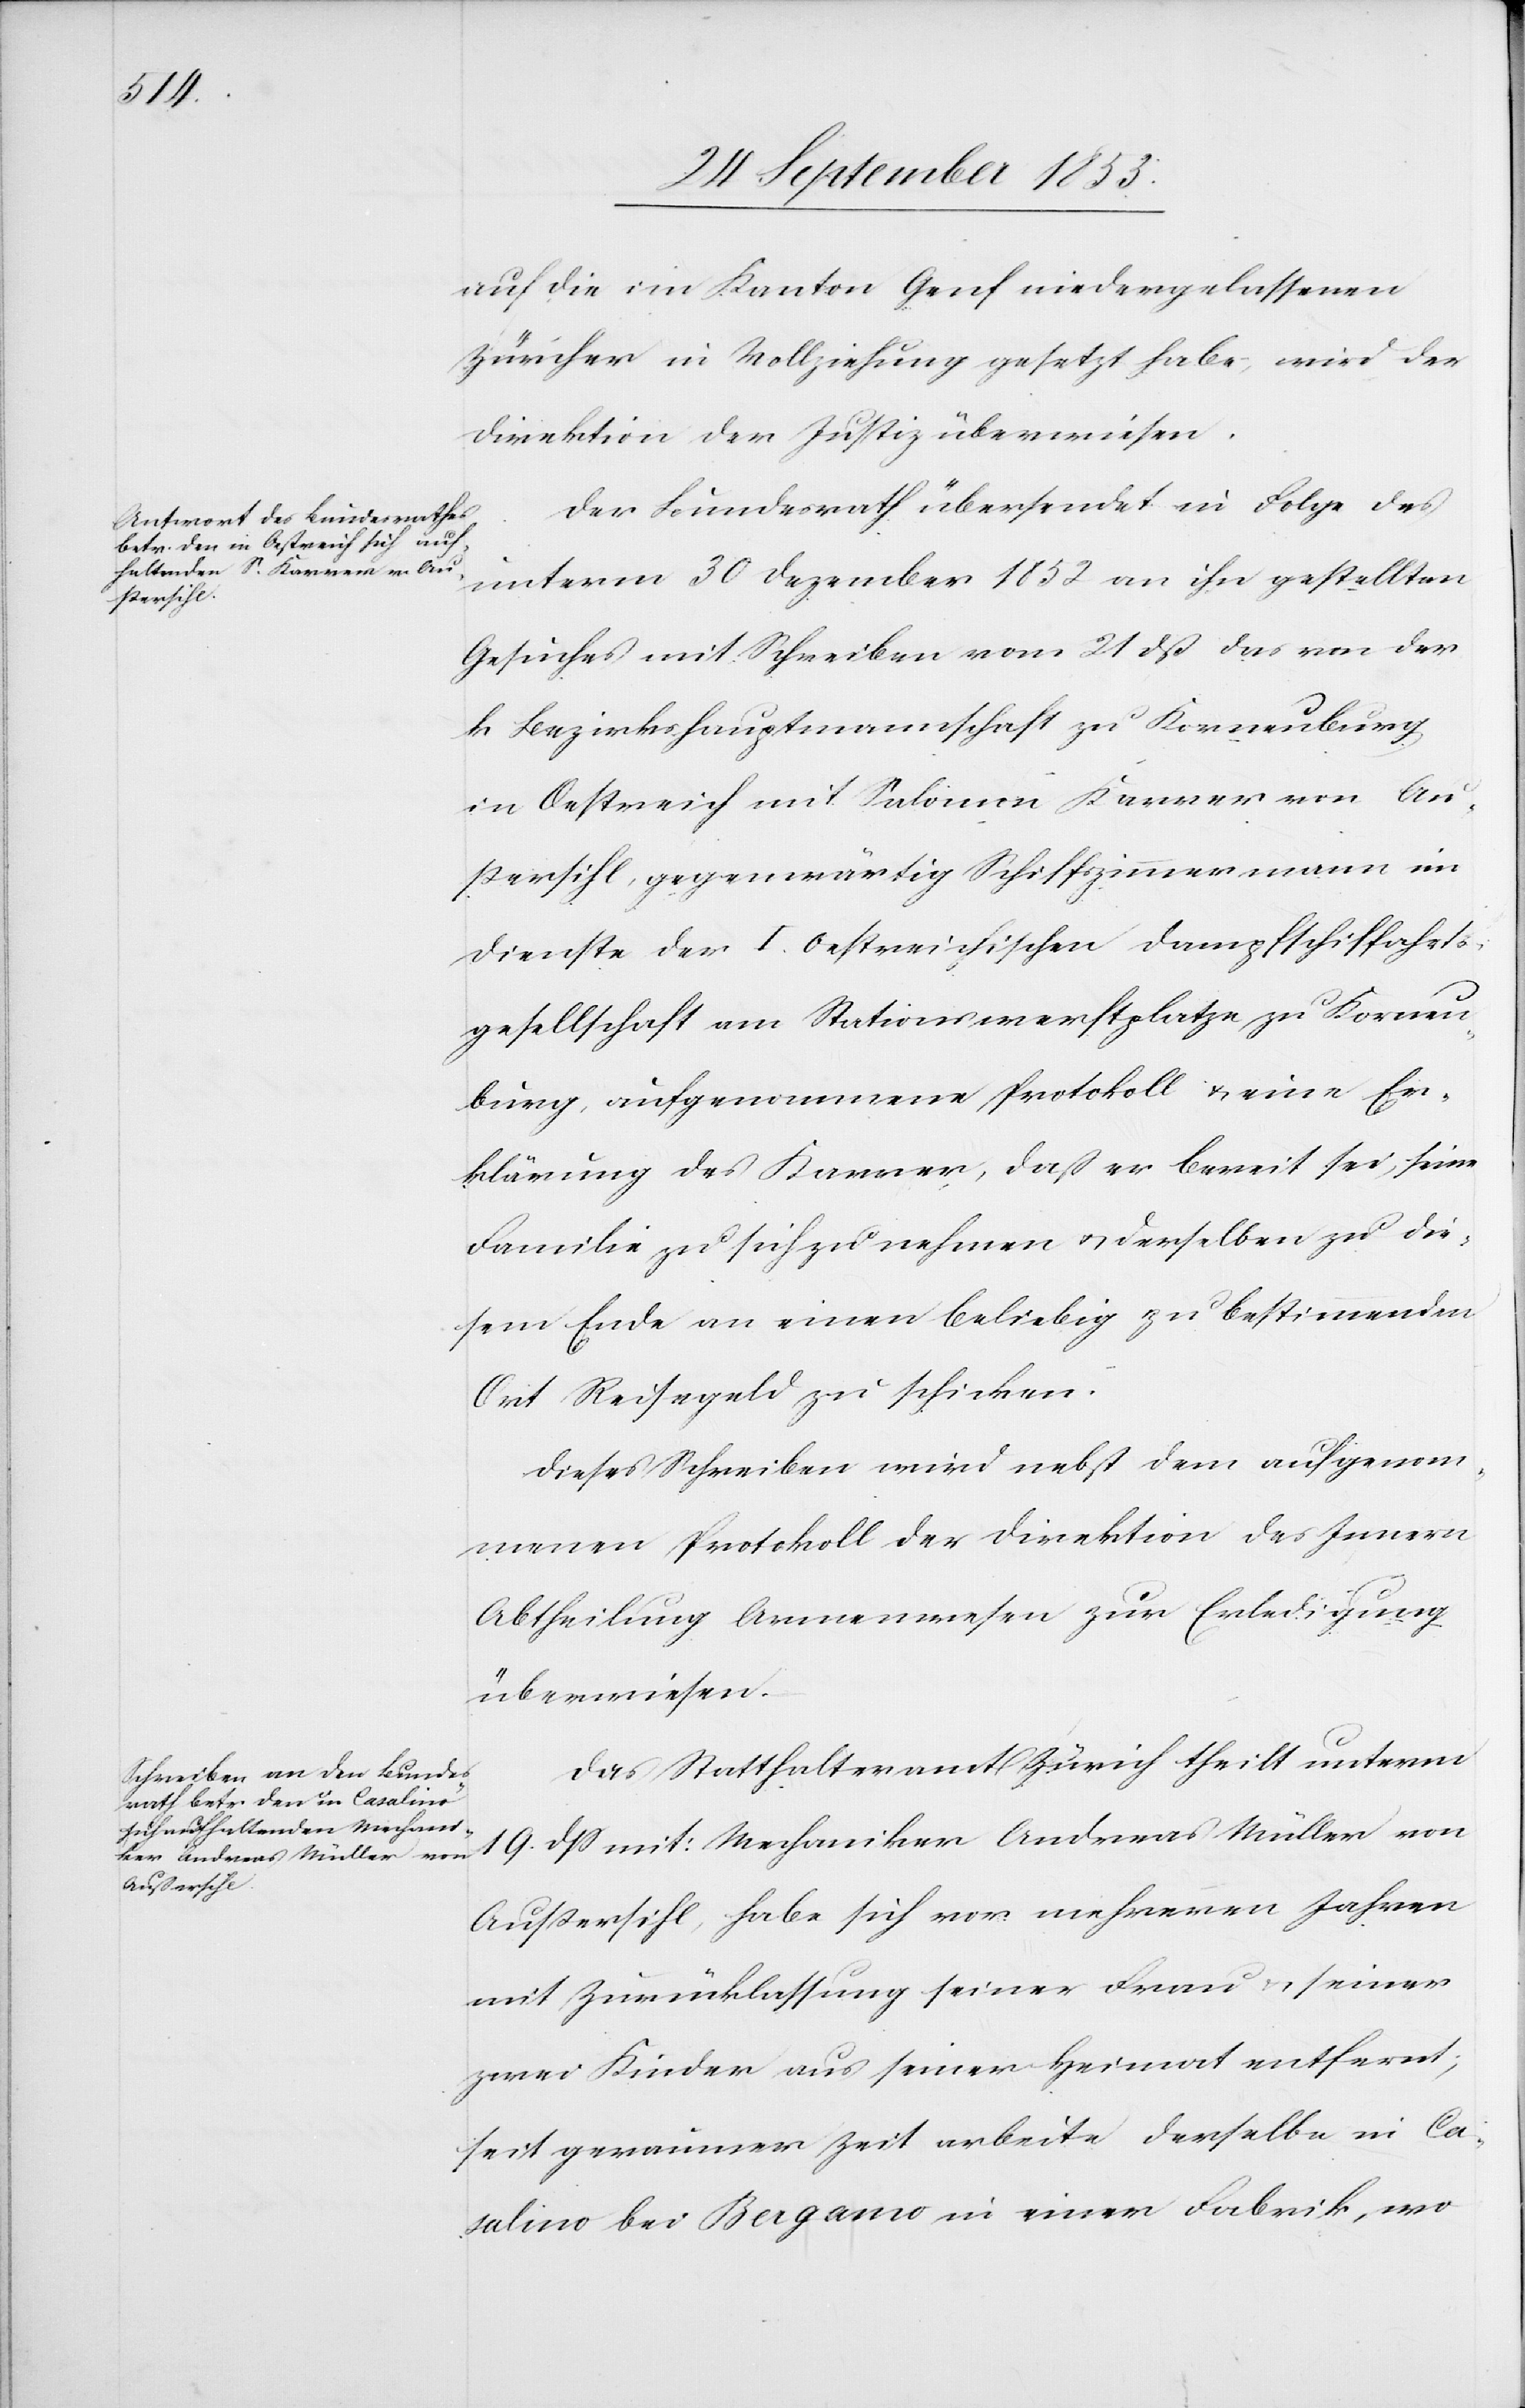
auf die im Kanton Genf niedergelassenen
Zürcher in Vollziehung gesetzt habe, wird der
Direktion der Justiz überwiesen.
Der Bundesrath übersendet in Folge des
unterm 30 Dezember 1852 an ihn gestellten
Gesuches mit Schreiben vom 21 dß das von der
k. Bezirkshauptmannschaft zu Korneuburg,
in Oestreich mit Salomon Karrer von Au¬
ßersihl, gegenwärtig Schiffszimmermann im
Dienste der I. Oestreichischen Dampfschifffahrts¬
gesellschaft am Stationsverhaftplatze zu Korneu¬
burg, aufgenommene Protokoll u. eine Er¬
klärung des Karrer, daß er bereit sei, seine
Familie zu sich zu nehmen u. derselben zu die¬
sem Ende an einen beliebig zu bestimmenden
Ort Reisegeld zu schicken.
Dieses Schreiben wird nebst dem aufgenom¬
menen Protokoll der Direktion des Innern
Abtheilung Armenwesen zur Erledigung
überwiesen.
Das Statthalteramt Zürich theilt unterm
19 dß mit: Mechaniker Andreas Müller von
Außersihl, habe sich vor mehreren Jahren
mit Zurücklassung seiner Frau u. seiner
zwei Kinder aus seiner Heimat entfernt;
seit geraumer Zeit arbeite derselbe in Ca¬
salino bei Bergamo in einer Fabrik, wo